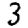
Digit: 3